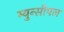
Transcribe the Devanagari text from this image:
म्युन्सीपल